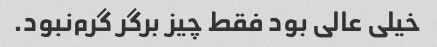
خیلی عالی بود فقط چیز برگر گرم‌نبود.